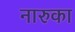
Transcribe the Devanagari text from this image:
नारुका